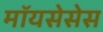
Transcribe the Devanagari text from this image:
मॉयसेसेस